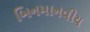
બિનમાનવીય